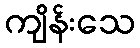
ကျိန်းသေ